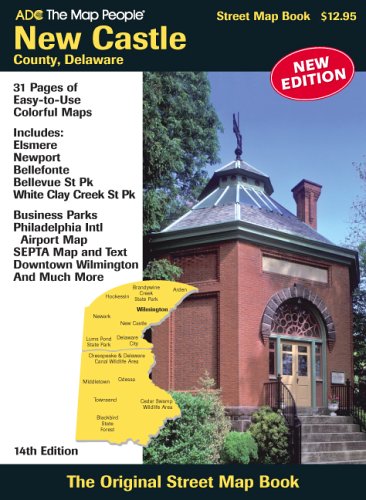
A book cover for ADC The Map People New Castle County, De: The Street Map Book (Adc the Map People New Castle County Delaware); Travel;